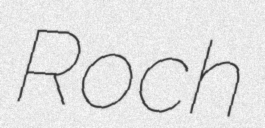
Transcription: Roch